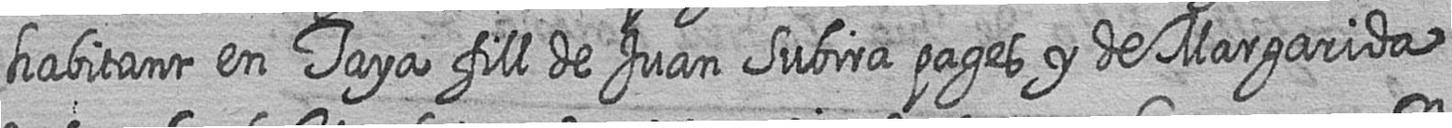
habitant en Taya fill de Juan Subira pages y de Margarida